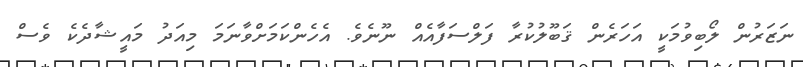
ނަޒަރުން ލޯބިވުމަކީ އަހަރެން ޤަބޫލުކުރާ ފަލްސަފާއެއް ނޫނެވެ. އެހެންކަމަށްވާނަމަ މިއަދު މައީޝާދެކެ ވެސް